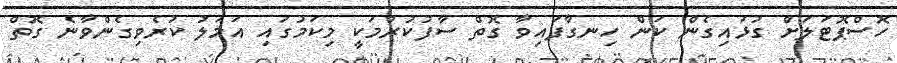
ހޮސްޕޮޓަލަށް ގުޅައިގެން ކަން ހިނގާފައިވާ ގޮތް ސާފުކުރުމަކީ މިކަމުގައި އަމަލު ކުރެވިގެންވާނެ ގޮތް